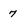
Character: 7